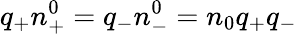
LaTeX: q_{+}n_{+}^{0}=q_{-}n_{-}^{0}=n_{0}q_{+}q_{-}